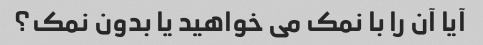
آیا آن را با نمک می خواهید یا بدون نمک؟